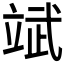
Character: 𮵨